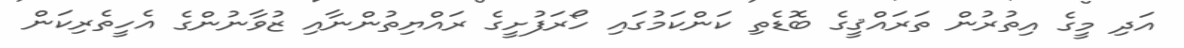
އަދި މީގެ އިތުރުން ތަރައްޤީގެ ބޮޑެތި ކަންކަމުގައި ހޯރަފުށީގެ ރައްޔިތުންނާއި ޒުވާނުންގެ އެހީތެރިކަން